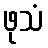
ဖုသံ